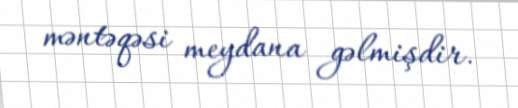
məntəqəsi meydana gəlmişdir.